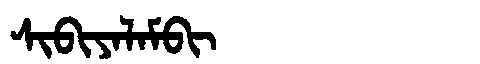
Manchu: ᠰᡳᠪᡳᠶᠠᠯᠠᠮᠪᡳ
Romanization: SIBIYALAMBI